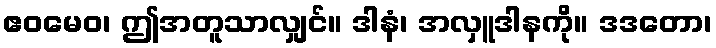
ဧဝမေဝ၊ ဤအတူသာလျှင်။ ဒါနံ၊ အလှူဒါနကို။ ဒဒတော၊